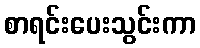
စာရင်းပေးသွင်းကာ